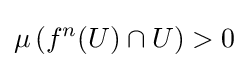
\mu \left(f^{n}(U)\cap U\right)>0